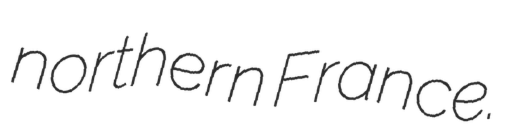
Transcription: northern France.